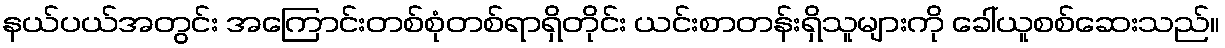
နယ်ပယ်အတွင်း အကြောင်းတစ်စုံတစ်ရာရှိတိုင်း ယင်းစာတန်းရှိသူများကို ခေါ်ယူစစ်ဆေးသည်။